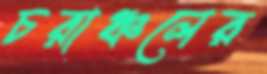
চরাঞ্চলের